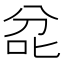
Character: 兺